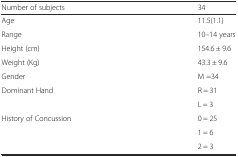
<table><thead><tr><td><b>Number of subjects</b></td><td><b>34</b></td></tr></thead><tbody><tr><td>Age</td><td>11.5(1.1)</td></tr><tr><td>Range</td><td>10–14 years</td></tr><tr><td>Height (cm)</td><td>154.6 ± 9.6</td></tr><tr><td>Weight (Kg)</td><td>43.3 ± 9.6</td></tr><tr><td>Gender</td><td>M =34</td></tr><tr><td rowspan="2">Dominant Hand</td><td>R = 31</td></tr><tr><td>L = 3</td></tr><tr><td rowspan="3">History of Concussion</td><td>0 = 25</td></tr><tr><td>1 = 6</td></tr><tr><td>2 = 3</td></tr></tbody></table>